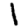
Digit: 1